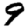
Digit: 9